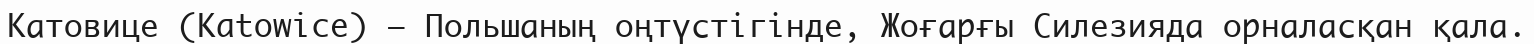
Катовице (Katowice) — Польшаның оңтүстігінде, Жоғарғы Силезияда орналасқан қала.